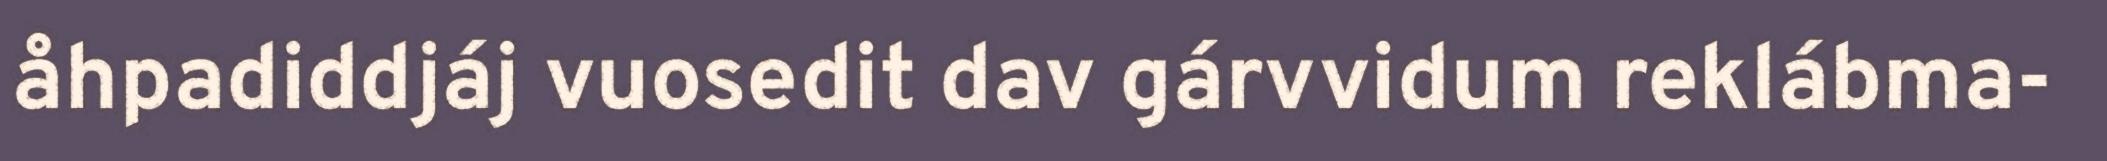
åhpadiddjáj vuosedit dav gárvvidum reklábma-